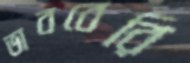
ভাববেরি